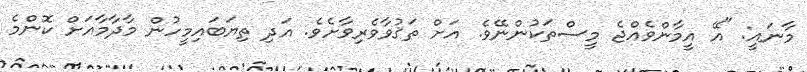
މާނައީ: "އޭ އީމާންވެއްޖެ މީސްތަކުންނޭވެ. އަށް ތަޤުވާވެރިވާށެވެ. އަދި ތިޔަބައިމީހުން މާދާމާއަށް ކޮންމެ